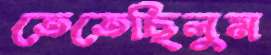
তেতেছিলুম